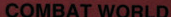
COMBAT WORLD